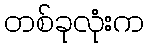
တစ်ခုလုံးက